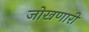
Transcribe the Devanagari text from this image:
जोखणारी